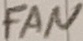
Text: FAN